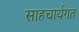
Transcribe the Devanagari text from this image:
साहचार्यगत